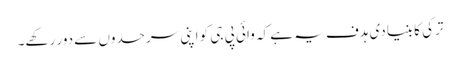
ترکی کا بنیادی ہدف یہ ہے کہ وائی پی جی کو اپنی سرحدوں سے دور رکھے۔